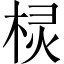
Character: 棂